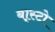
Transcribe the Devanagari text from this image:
बा्स्टो